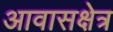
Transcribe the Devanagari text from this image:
आवासक्षेत्र